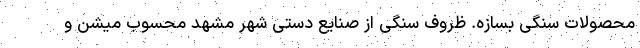
محصولات سنگی بسازه. ظروف سنگی از صنایع دستی شهر مشهد محسوب میشن و